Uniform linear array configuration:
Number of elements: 32
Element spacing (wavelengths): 0.75
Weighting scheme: exponential
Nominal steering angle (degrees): -45
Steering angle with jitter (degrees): -44.958
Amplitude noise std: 0.05
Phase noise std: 0.05

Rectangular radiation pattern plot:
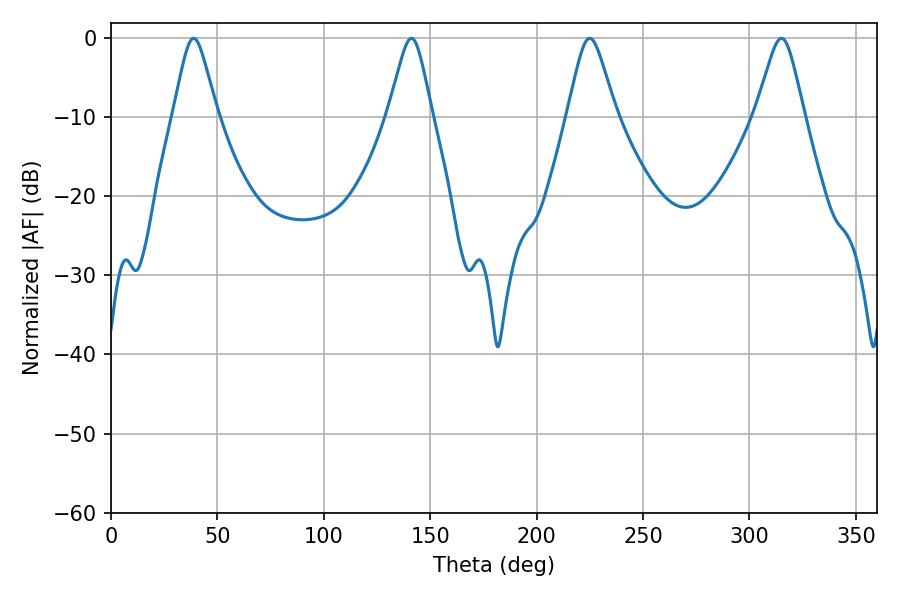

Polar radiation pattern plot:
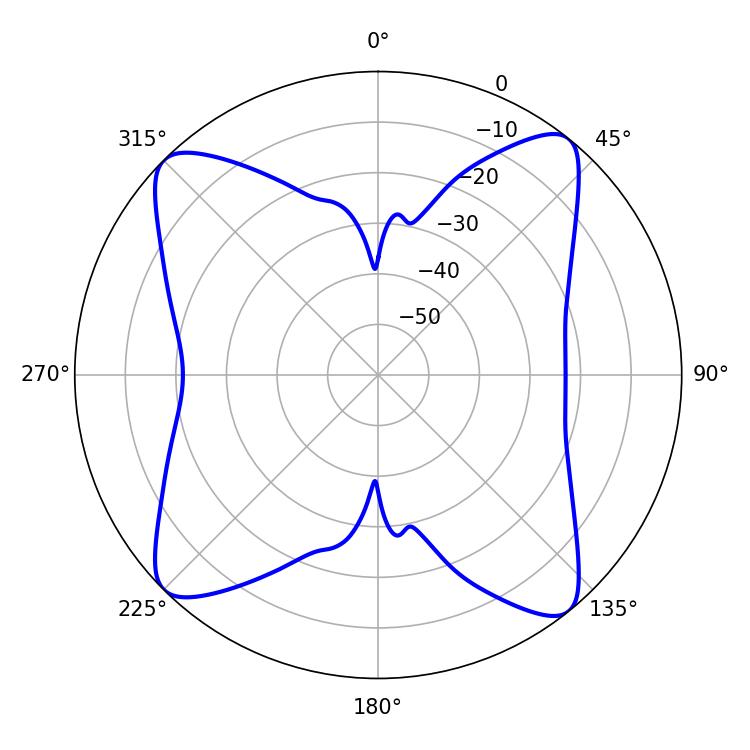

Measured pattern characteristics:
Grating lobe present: TRUE
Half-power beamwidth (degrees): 10.8
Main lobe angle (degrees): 225